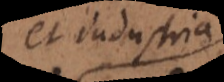
et industriis